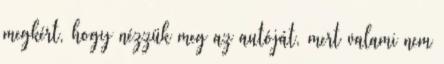
megkért, hogy nézzük meg az autóját, mert valami nem